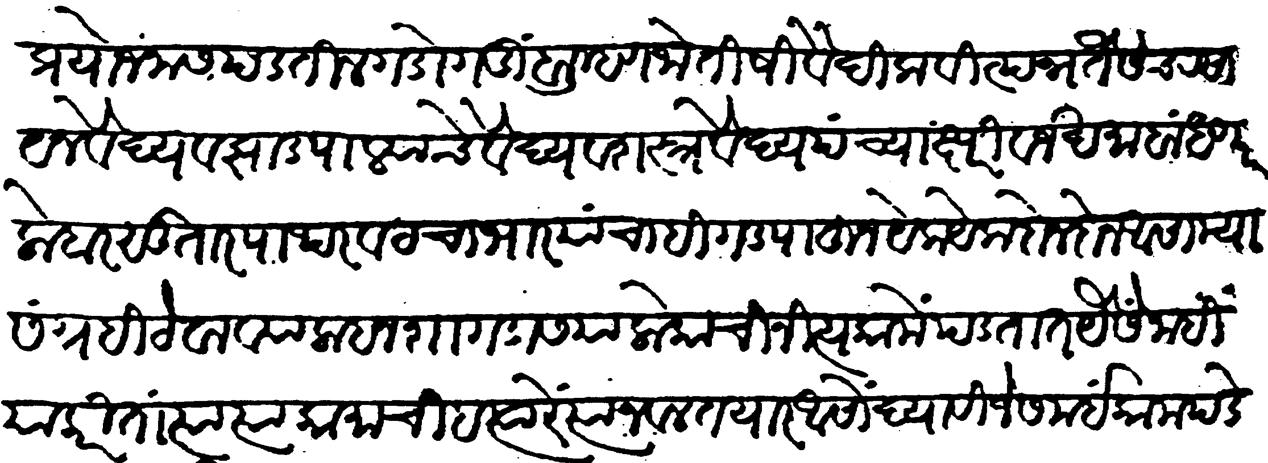
Transliteration (Devanagari): प्रयोजनास पडतील गडोगडीं ब्राह्मण जोतिषी वैदिक वितपन्न तैसेच रसायन वैद्य व झाड पाल्याचे व शस्त्रवैद्य पंच्याक्षरी व जखमा बांधणार लोहार सुतार पाथरवट चांभार यांच्याहि गड पाहून यक यक दोन दोन असाम्या संग्रहीं ठेवाव्या लाहनशा गडास या लोकांचीं नित्य कामें पडतात यैसे नाहीं याकरिता त्या त्या कामाचीं हत्यारे त्याजवळ आसों द्यावी जे समयीं काम पड़ेल